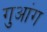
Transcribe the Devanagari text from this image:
गुआंग